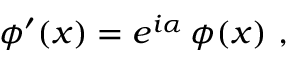
\phi ^ { \prime } ( x ) = e ^ { i \alpha } \, \phi ( x ) \ ,